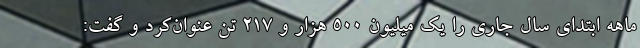
ماهه ابتدای سال جاری را یک میلیون ۵۰۰ هزار و ۲۱۷ تن عنوان‌کرد و گفت: